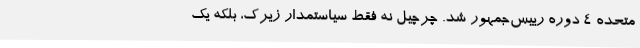
متحده 4 دوره رییس‌جمهور شد. چرچیل نه فقط سیاستمدار زیرک، بلکه یک